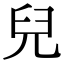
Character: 兒